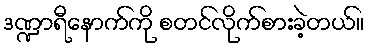
ဒဏ္ဍာရီနောက်ကို စတင်လိုက်စားခဲ့တယ်။